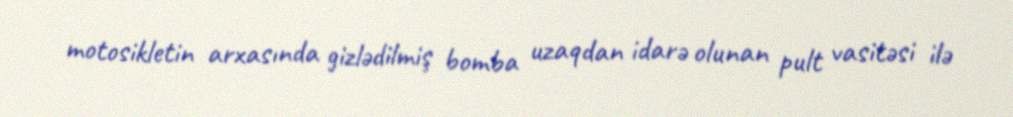
motosikletin arxasında gizlədilmiş bomba uzaqdan idarə olunan pult vasitəsi ilə